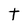
Character: t